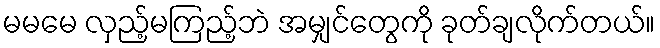
မမမေ လှည့်မကြည့်ဘဲ အမျှင်တွေကို ခုတ်ချလိုက်တယ်။